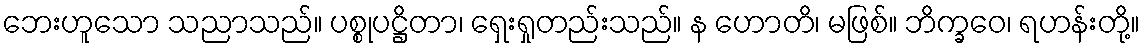
ဘေးဟူသော သညာသည်။ ပစ္စုပဋ္ဌိတာ၊ ရှေးရှုတည်းသည်။ န ဟောတိ၊ မဖြစ်။ ဘိက္ခဝေ၊ ရဟန်းတို့။